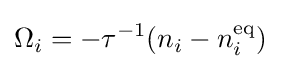
\Omega _{i}=-\tau ^{-1}(n_{i}-n_{i}^{\text{eq}})